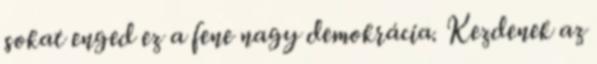
sokat enged ez a fene nagy demokrácia. Kezdenek az